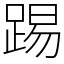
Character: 踢